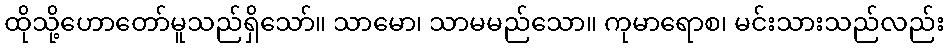
ထိုသို့ဟောတော်မူသည်ရှိသော်။ သာမော၊ သာမမည်သော။ ကုမာရောစ၊ မင်းသားသည်လည်း